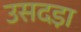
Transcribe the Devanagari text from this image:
उसदड़ा